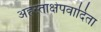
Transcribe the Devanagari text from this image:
अहस्ताक्षेपवादिता